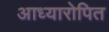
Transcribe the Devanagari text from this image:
आध्यारोपित